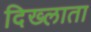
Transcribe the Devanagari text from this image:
दिख्लाता